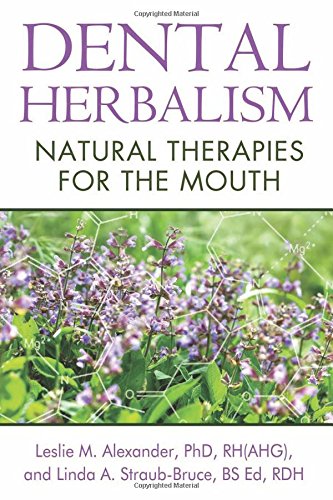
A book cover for Dental Herbalism: Natural Therapies for the Mouth; Leslie M. Alexander Ph.D.  RH(AHG); Health, Fitness & Dieting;